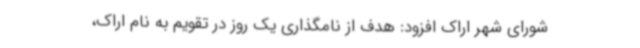
شورای شهر اراک افزود: هدف از نامگذاری یک روز در تقویم به نام اراک،